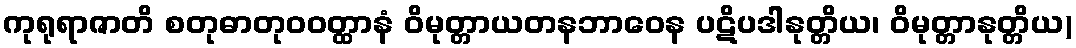
ကုရုရာဇာတိ စတုဓာတုဝဝတ္ထာနံ ဝိမုတ္တာယတနဘာဝေန ပဋိပဒါနုတ္တိယ၊ ဝိမုတ္တာနုတ္တိယ)